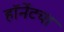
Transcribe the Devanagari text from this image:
हॉर्नेटचा